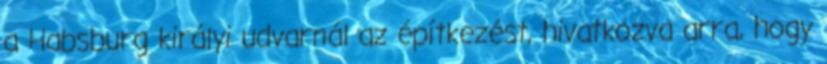
a Habsburg királyi udvarnál az építkezést, hivatkozva arra, hogy